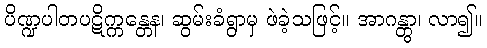
ပိဏ္ဍပါတပဋိက္ကန္တေန၊ ဆွမ်းခံရွာမှ ဖဲခဲ့သဖြင့်။ အာဂန္တွာ၊ လာ၍။